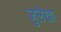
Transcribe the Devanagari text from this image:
ज़ुलेखा